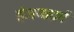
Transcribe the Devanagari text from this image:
ईज़नहार्ट